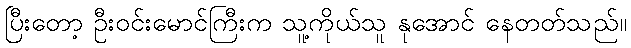
ပြီးတော့ ဦးဝင်းမောင်ကြီးက သူ့ကိုယ်သူ နုအောင် နေတတ်သည်။